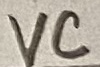
Text: VC